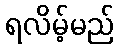
ရလိမ့်မည်